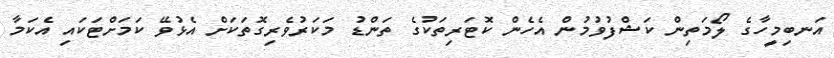
އަނބިމީހާގެ ލޯމަތިން ކަޝްފުވުމުން އެހެން ކޮޓަރިތަކުގެ ތަންޑު މަކަރުވެރިގޮތަކަށް އެޅުވޭ ކަމަށްޓަކައި އެކަމާ